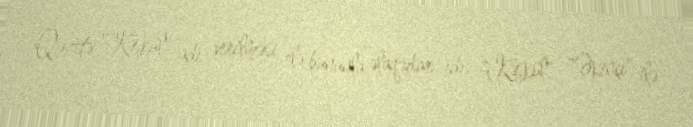
Qəzetə "Kəşkül" adı verilməsi elə bununla əlaqədar idi. "Kəşkül", "Əkinçi" ilə